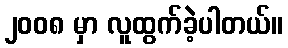
၂၀၀၈ မှာ လူထွက်ခဲ့ပါတယ်။